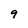
Character: 9